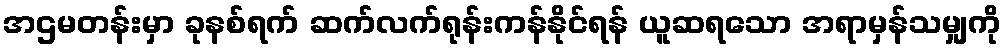
အဌမတန်းမှာ ခုနစ်ရက် ဆက်လက်ရုန်းကန်နိုင်ရန် ယူဆရသော အရာမှန်သမျှကို